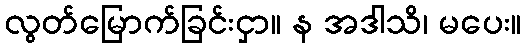
လွတ်မြောက်ခြင်းငှာ။ န အဒါသိ၊ မပေး။